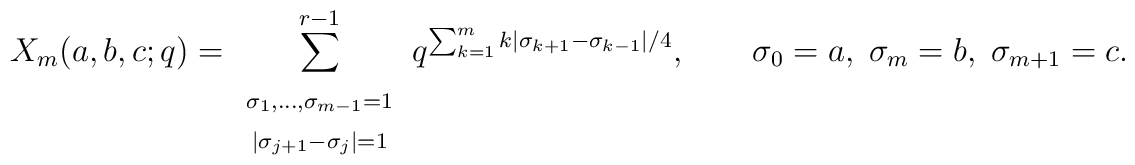
X_m(a,b,c;q) = \sum_{\begin{array}{c} \scriptstyle\sigma_1,\ldots,\sigma_{m-1}=1\\\scriptstyle|\sigma_{j+1}-\sigma_j|=1\end{array}}^{r-1}q^{\sum_{k=1}^mk|\sigma_{k+1}-\sigma_{k-1}|/4},\qquad  \sigma_0=a, \; \sigma_m=b, \; \sigma_{m+1}=c.